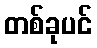
တစ်ခုပင်